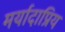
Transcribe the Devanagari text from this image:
मर्यादाप्रिय